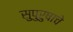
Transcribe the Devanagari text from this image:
सुपुरुषाचे